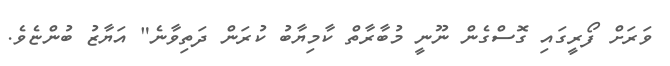
ވަރަށް ފޯރީގައި ގޮސްގެން ނޫނީ މުބާރާތް ކާމިޔާބު ކުރަން ދަތިވާނެ" އަޔާޒު ބުންޏެވެ.